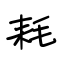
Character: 耗